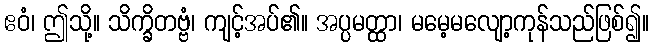
ဧဝံ၊ ဤသို့။ သိက္ခိတဗ္ဗံ၊ ကျင့်အပ်၏။ အပ္ပမတ္ထာ၊ မမေ့မလျော့ကုန်သည်ဖြစ်၍။